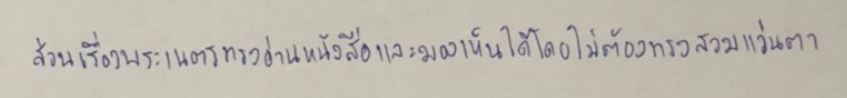
ส่วนเรื่องพระเนตรทรงอ่านหนังสือและมองเห็นได้โดยไม่ต้องทรงสวมแว่นตา